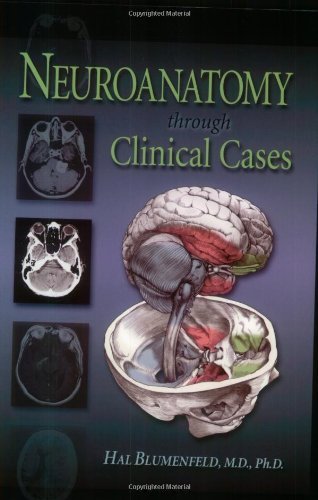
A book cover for By Hal Blumenfeld - Neuroanatomy Through Clinical Cases: 1st (first) Edition; Hal Blumenfeld; Medical Books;